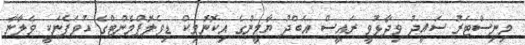
މިނިސްޓަރު ސައީދު ވިދާޅުވީ ރައީސް އަބްދު ޔާމީންގެ އިކޮނޮމިކް ޑިވެލޮޕްމެންޓްގެ ހުވަފެނަކީ ވެލާނާ